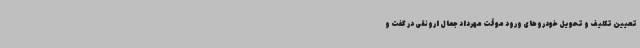
تعیین تکلیف و تحویل خودروهای ورود موقت مهرداد جمال ارونقی در گفت و